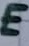
Text: E